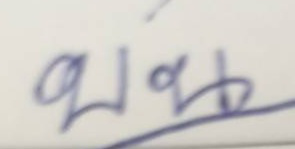
บน